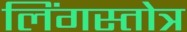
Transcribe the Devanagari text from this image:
लिंगस्तोत्र